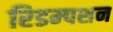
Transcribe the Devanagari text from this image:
रिडम्‍पशन